画像に写った文字を読んでください
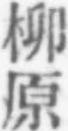
「柳原」と書いてあります